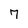
Character: 7